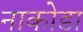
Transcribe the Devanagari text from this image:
नाकोडा